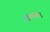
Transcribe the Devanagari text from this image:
डोल्मेन